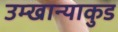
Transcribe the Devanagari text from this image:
उम्खान्याकुड